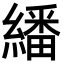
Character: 繙